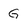
Character: G